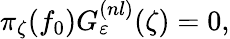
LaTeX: \pi_{\zeta}(f_{0})G_{\varepsilon}^{(nl)}(\zeta)=0,